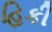
હિકી